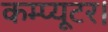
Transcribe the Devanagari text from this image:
कम्प्यूटर।